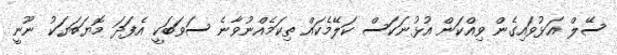
ސޭލް އަޅުވައިގެން ވިއްކަން އުޅުނަކަސް ކަލޭމެކައް ތިކަމެއްނުވާނެ ސަވަބަކީ އެފަދަ މޮޔަބަޔަކު ނޫނީ